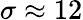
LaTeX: \sigma\approx 12